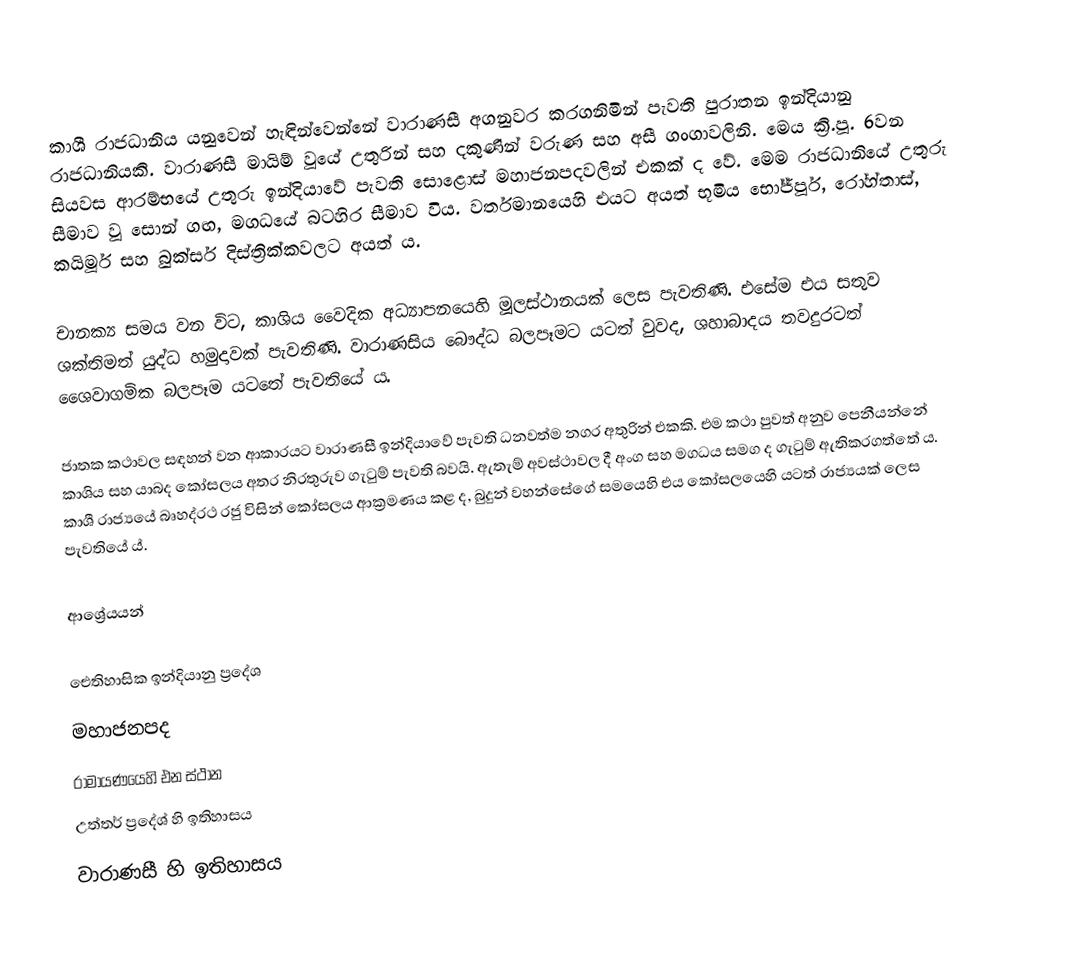
කාශී රාජධානිය යනුවෙන් හැඳින්වෙන්නේ වාරාණසී අගනුවර කරගනිමින් පැවති පුරාතන ඉන්දියානු රාජධානියකි. වාරාණසී මායිම් වූයේ උතුරින් සහ දකුණින් වරුණ සහ අසී ගංගාවලිනි. මෙය ක්‍රි.පූ. 6වන සියවස ආරම්භයේ උතුරු ඉන්දියාවේ පැවති සොළොස් මහාජනපදවලින් එකක් ද වේ. මෙම රාජධානියේ උතුරු සීමාව වූ සොන් ගඟ, මගධයේ බටහිර සීමාව විය. වර්තමානයෙහි එයට අයත් භූමිය භෝජ්පූර්, රෝහ්තාස්, කයිමූර් සහ බුක්සර් දිස්ත්‍රික්කවලට අයත් ය.

චානක්‍ය සමය වන විට, කාශිය වෛදික අධ්‍යාපනයෙහි මූලස්ථානයක් ලෙස පැවතිණි. එසේම එය සතුව ශක්තිමත් ‍යුද්ධ හමුදාවක් පැවතිණි. වාරාණසිය බෞද්ධ බලපෑමට යටත් වුවද, ශහාබාදය තවදුරටත් ශෛවාගමික බලපෑම යටතේ පැවතියේ ය.

ජාතක කථාවල සඳහන් වන ආකාරයට වාරාණසී ඉන්දියාවේ පැවති ධනවත්ම නගර අතුරින් එකකි. එම කථා පුවත් අනුව පෙනීයන්නේ කාශිය සහ යාබද කෝසලය අතර නිරතුරුව ගැටුම් පැවති බවයි. ඇතැම් අවස්ථාවල දී අංග සහ මගධය සමග ද ගැටුම් ඇතිකරගත්තේ ය. කාශී රාජ්‍යයේ බෘහද්රථ රජු විසින් කෝසලය ආක්‍රමණය කළ ද, බුදුන් වහන්සේගේ සමයෙහි එය කෝසලයෙහි යටත් රාජ්‍යයක් ලෙස පැවතියේ ය්.

ආශ්‍රේයයන්

ඓතිහාසික ඉන්දියානු ප්‍රදේශ
මහාජනපද
රාමායණයෙහි එන ස්ථාන
උත්තර් ප්‍රදේශ් හි ඉතිහාසය
වාරාණසී හි ඉතිහාසය